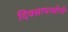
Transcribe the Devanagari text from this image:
दिवसापासोनी